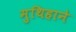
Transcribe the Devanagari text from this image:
मुथिहाने